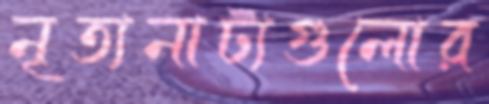
নৃত্যনাট্যগুলোর